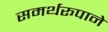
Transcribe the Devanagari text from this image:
समर्थरूपाने